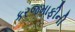
કરજમાફીની